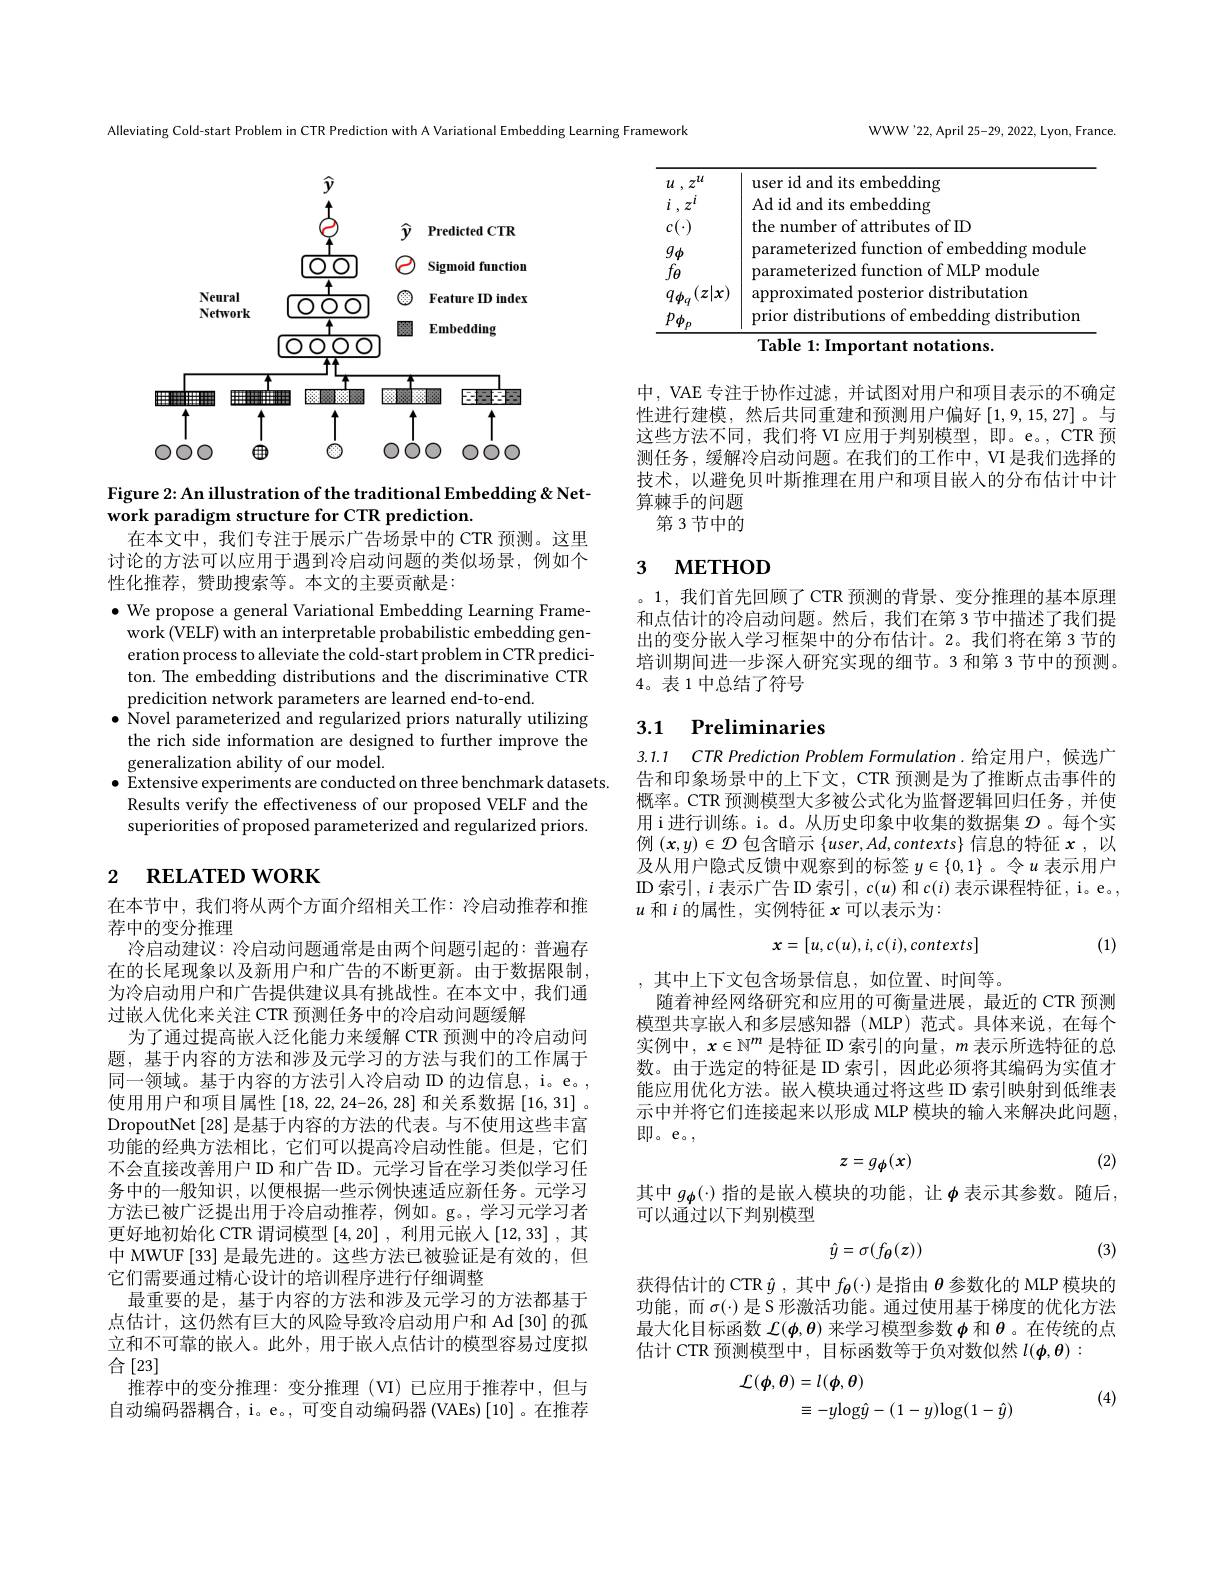
<FigureHere>

Figure 2: An illustration of the traditional Embedding &Net-
work paradigm structure for CTR prediction.
在本文中，我们专注于展示广告场景中的 CTR 预测。这里

讨论的方法可以应用于遇到冷启动问题的类似场景，例如个
性化推荐，赞助搜索等。本文的主要贡献是：

$\bullet$ We propose a general Variational Embedding Learning Framework (VELF) with an interpretable probabilistic embedding generation process to alleviate the cold-start problem in CTR prediciton. The embedding distributions and the discriminative CTR predicition network parameters are learned end-to-end.
$\bullet$ Novel parameterized and regularized priors naturally utilizing the rich side information are designed to further improve the generalization ability of our model.
$\bullet$ Extensive experiments are conducted on three benchmark datasets.
Results verify the effectiveness of our proposed VELF and the superiorities of proposed parameterized and regularized priors.

# 2 $\textbf{RELATED WORK}$

在本节中，我们将从两个方面介绍相关工作：冷启动推荐和推
荐中的变分推理
冷启动建议：冷启动问题通常是由两个问题引起的：普遍存在的长尾现象以及新用户和广告的不断更新。由于数据限制为冷启动用户和广告提供建议具有挑战性。在本文中，我们通过嵌入优化来关注 CTR 预测任务中的冷启动问题缓解
为了通过提高嵌人泛化能力来缓解 CTR 预测中的冷启动问题，基于内容的方法和涉及元学习的方法与我们的工作属于同一领域。基于内容的方法引人冷启动 ID 的边信息，i。e。, 使用用户和项目属性$\left[18,22,24-26,28\right]$和关系数据$\left[16,31\right].$ DropoutNet [28] 是基于内容的方法的代表。与不使用这些丰富功能的经典方法相比，它们可以提高冷启动性能。但是，它们不会直接改善用户 ID 和广告 ID。元学习旨在学习类似学习任务中的一般知识，以便根据一些示例快速适应新任务。元学习方法已被广泛提出用于冷启动推荐，例如。g。,学习元学习者更好地初始化 CTR 谓词模型[4,20] ,利用元嵌人 [12,33] ,其中 MWUF [33] 是最先进的。这些方法已被验证是有效的，但它们需要通过精心设计的培训程序进行仔细调整
最重要的是，基于内容的方法和涉及元学习的方法都基于点估计，这仍然有巨大的风险导致冷启动用户和 Ad [30] 的孤立和不可靠的嵌入。此外，用于嵌人点估计的模型容易过度拟合[23]
推荐中的变分推理：变分推理(VI)已应用于推荐中，但与自动编码器耦合，i。e。, 可变自动编码器 (VAEs) [10] 。在推荐

Alleviating Cold-start Problem in CTR Prediction with A Variational Embedding Learning Framework

WWW'22, April 25-29, 2022, Lyon, France.

<table>
	<tbody>
		<tr>
			<td>$u,z^{u}$</td>
			<td>its embedding 118P $\cdot$ 10 and 1</td>
		</tr>
		<tr>
			<td>$i$ $, z^l$</td>
			<td>Ad id and its embedding</td>
		</tr>
		<tr>
			<td>$c(\cdot)$</td>
			<td>the number of attributes of ID</td>
		</tr>
		<tr>
			<td>$g_{\phi}$</td>
			<td>parameterized function of embedding module</td>
		</tr>
		<tr>
			<td>$\Psi$</td>
			<td>parameterized function of MLP module</td>
		</tr>
		<tr>
			<td>$|x$ $z$</td>
			<td>approximated posterior distributation</td>
		</tr>
		<tr>
			<td>$P\phi_{F}$</td>
			<td>prior distributions of embedding distribution</td>
		</tr>
		<tr>
			<td> </td>
			<td>Table 1: Important notations</td>
		</tr>
	</tbody>
</table>

中，VAE 专注于协作过滤，并试图对用户和项目表示的不确定性进行建模，然后共同重建和预测用户偏好[1,9,15,27]。与这些方法不同，我们将 VI 应用于判别模型，即。e。, CTR 预测任务，缓解冷启动问题。在我们的工作中，VI 是我们选择的技术，以避免贝叶斯推理在用户和项目嵌人的分布估计中计算棘手的问题
第 3 节中的

### 3 $\textbf{METHOD}$

。1,我们首先回顾了 CTR 预测的背景、变分推理的基本原理和点估计的冷启动问题。然后，我们在第 3 节中描述了我们提出的变分嵌人学习框架中的分布估计。2。我们将在第 3 节的培训期间进一步深人研究实现的细节。3 和第 3 节中的预测。4。表 1 中总结了符号

## 3.1 Preliminaries

3.1.1 CTR Prediction Problem Formulation. 给定用户，候选广告和印象场景中的上下文，CTR 预测是为了推断点击事件的概率。CTR 预测模型大多被公式化为监督逻辑回归任务，并使用 i 进行训练。i。d。从历史印象中收集的数据集$\mathcal{D}$ 。每个实例$(\boldsymbol x,y)\in\mathcal{D}$包含暗示$\{user,Ad,contexts\}$信息的特征$\boldsymbol x$,以及从用户隐式反馈中观察到的标签$y\in\{0,1\}$ 。令$u$表示用户$\operatorname{ID}$索引$,i$表示广告 ID 索引$,c(u)$ 和 $c(i)$ 表示课程特征，i。e, $u$和$i$的属性，实例特征$x$可以表示为：
$$x=[u,c(u),i,c(i),contexts]$$
(1)

,其中上下文包含场景信息，如位置、时间等。
随着神经网络研究和应用的可衡量进展，最近的 CTR 预测模型共享嵌入和多层感知器(MLP)范式。具体来说，在每个实例中，$x\in\mathbb{N}^m$是特征 ID 索引的向量$,m$表示所选特征的总数。由于选定的特征是 ID 索引，因此必须将其编码为实值才能应用优化方法。嵌人模块通过将这些 ID 索引映射到低维表示中并将它们连接起来以形成 MLP 模块的输人来解决此问题， 即。e。,
$$z=g_{\phi}(x)$$
(2)

其中$g_{\boldsymbol{\phi}}(\cdot)$指的是嵌入模块的功能，让$\boldsymbol{\phi}$表示其参数。随后，
可以通过以下判别模型

(3)
$$\hat{y}=\sigma(f_\theta(z))$$
获得估计的 CTR $\hat{y}$,其中$f_{\theta}(\cdot)$是指由$\theta$参数化的 MLP 模块的功能，而$\sigma(\cdot)$是 S 形激活功能。通过使用基于梯度的优化方法最大化目标函数$\mathcal{L}(\boldsymbol{\phi},\boldsymbol{\theta})$来学习模型参数$\boldsymbol{\phi}$和$\boldsymbol{\theta}$ 。在传统的点估计 CTR 预测模型中，目标函数等于负对数似然$l(\boldsymbol{\phi},\boldsymbol{\theta}):$
$$\begin{aligned}\mathcal{L}(\phi,\theta)&=l(\phi,\theta)\\&\equiv-y\mathrm{log}\hat{y}-(1-y)\mathrm{log}(1-\hat{y})\end{aligned}$$
(4)